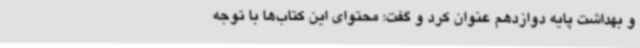
و بهداشت پایه دوازدهم عنوان کرد و گفت: محتوای این کتاب‌ها با توجه